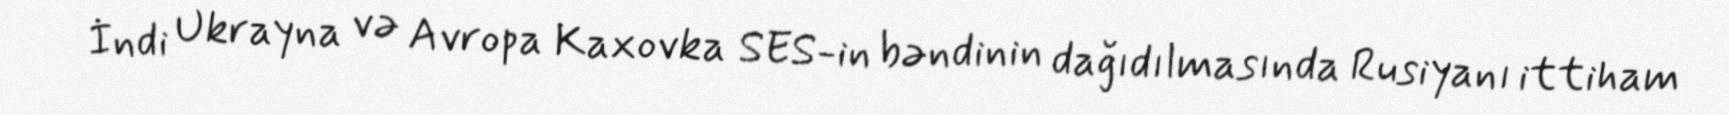
İndi Ukrayna və Avropa Kaxovka SES-in bəndinin dağıdılmasında Rusiyanı ittiham